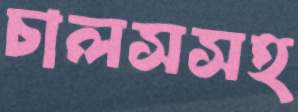
চালসসহ